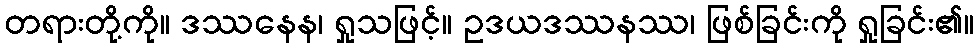
တရားတို့ကို။ ဒဿနေန၊ ရှုသဖြင့်။ ဥဒယဒဿနဿ၊ ဖြစ်ခြင်းကို ရှုခြင်း၏။